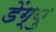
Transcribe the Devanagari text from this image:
डेंग्यु